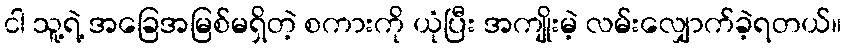
ငါ သူ့ရဲ့ အခြေအမြစ်မရှိတဲ့ စကားကို ယုံပြီး အကျိုးမဲ့ လမ်းလျှောက်ခဲ့ရတယ်။